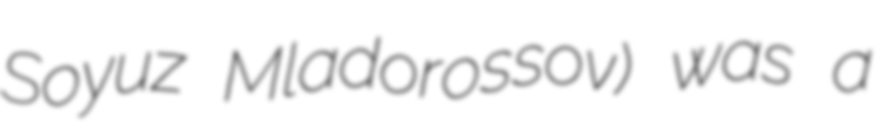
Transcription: Soyuz Mladorossov) was a